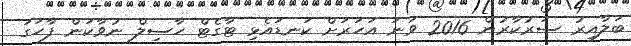
ބަލާއިރު ސަރުކާރުން 2016 ވަނަ އަހަރަށް ކަނޑައެޅި ޓާގެޓް ހާސިލް ނުވާކަން ފާހަގަ